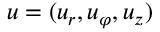
\boldsymbol { u } = ( u _ { r } , u _ { \varphi } , u _ { z } )